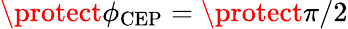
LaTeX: \protect\phi_{\mathrm{CEP}}=\protect\pi/2